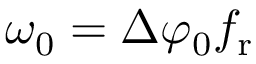
\omega _ { 0 } = \Delta \varphi _ { 0 } f _ { \mathrm { r } }